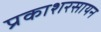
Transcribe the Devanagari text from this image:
प्रकाशरसायन